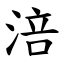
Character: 涪